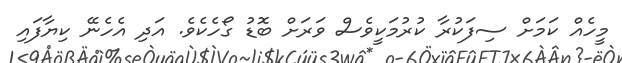
މީހެއް ކަމަށް ސިފަކުރާ ކުރުމަކީވެސް ވަރަށް ބޮޑު ގޯހެކެވެ. އަދި އެހެނޭ ކިޔާފައި